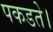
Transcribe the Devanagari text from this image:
पकडते।